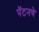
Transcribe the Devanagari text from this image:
पॅटनचे